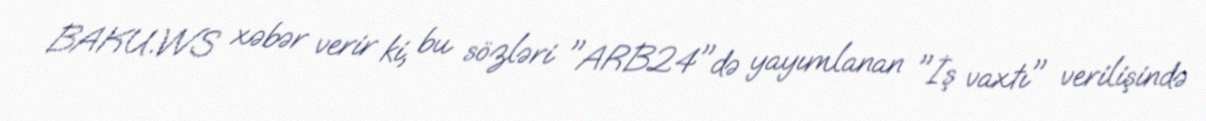
BAKU.WS xəbər verir ki, bu sözləri "ARB24"də yayımlanan "İş vaxtı" verilişində